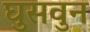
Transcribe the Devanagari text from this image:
घुसवुन